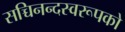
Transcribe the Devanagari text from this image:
सच्चिनन्दस्वरूपको